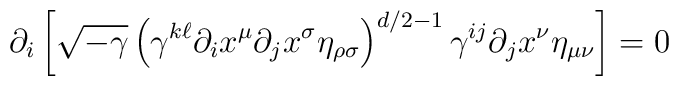
\partial_i \left[ \sqrt{-\gamma} \left( \gamma^{k\ell} \partial_i x^{\mu}\partial_j x^{\sigma} \eta_{\rho \sigma} \right) ^{d/2 -1} \gamma^{ij}\partial_j x^{\nu} \eta_{\mu \nu} \right] = 0